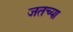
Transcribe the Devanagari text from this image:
जतच्या